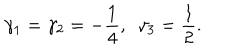
\gamma _ { 1 } = \gamma _ { 2 } = - \frac { 1 } { 4 } , ~ ~ \gamma _ { 3 } = \frac { 1 } { 2 } .